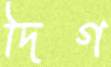
দিগ